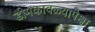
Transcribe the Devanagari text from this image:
डोमकावळ्यापेक्षा